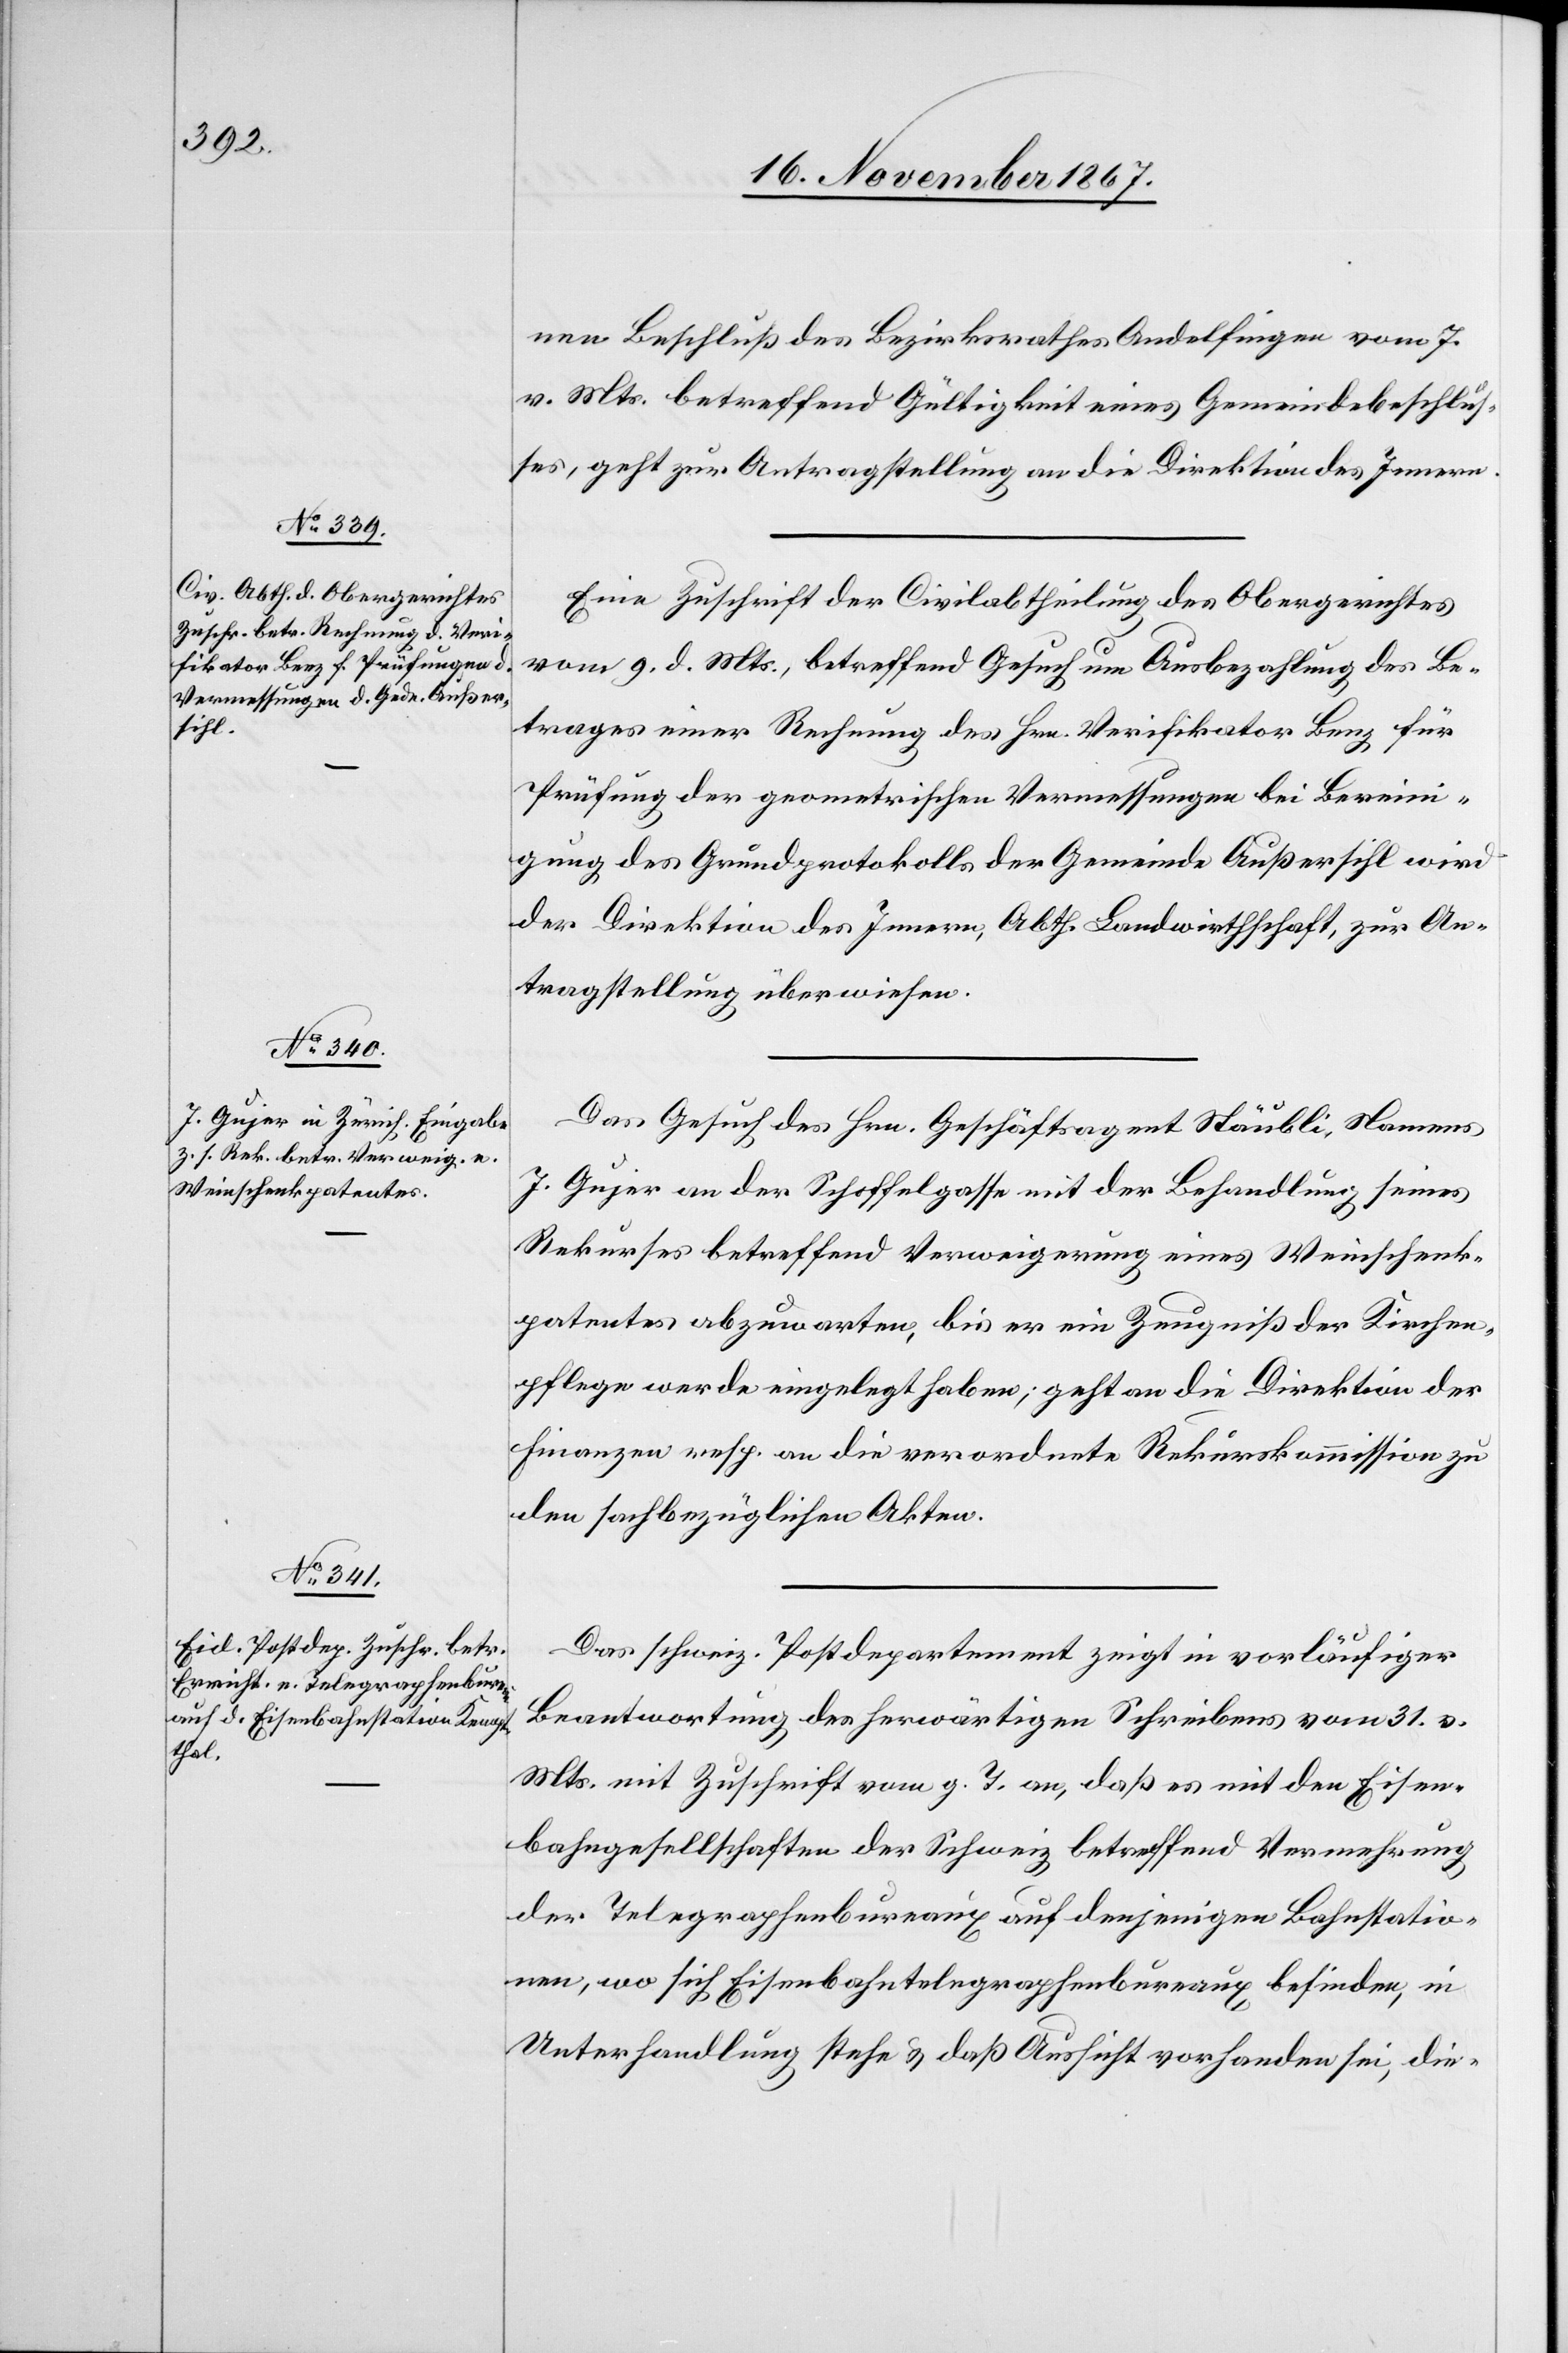
16. November 1867.]
nen Beschluß des Bezirksrathes Andelfingen vom 7.
v. Mts. betreffend Gültigkeit eines Gemeindebeschlus¬
ses, geht zur Antragstellung an die Direktion des Innern.
Eine Zuschrift der Civilabtheilung des Obergerichtes
vom 9. d. Mts., betreffend Gesuch um Ausbezahlung des Be¬
trages einer Rechnung des Hrn. Verifikator Benz für
Prüfung der geometrischen Vermessungen bei Berein¬
igung des Grundprotokolls der Gemeinde Außersihl wird
der Direktion des Innern, Abth. Landwirthschaft, zur An¬
tragstellung überwiesen.
Das Gesuch des Hrn. Geschäftsagent Stäubli, Namens
J. Gujer an der Schoffelgasse mit der Behandlung seines
Rekurses betreffend Verweigerung eines Weinschenk¬
patentes abzuwarten, bis er ein Zeugniß der Kirchen¬
pflege werde eingelegt haben; geht an die Direktion der
Finanzen resp. an die verordnete Rekurskommission zu
den sachbezüglichen Akten.
Das schweiz. Postdepartement zeigt in vorläufiger
Beantwortung des herwärtigen Schreibens vom 31. v.
Mts. mit Zuschrift vom g. T. an, daß es mit den Eisen¬
bahngesellschaften der Schweiz betreffend Vermehrung
der Telegraphenbureaux auf denjenigen Bahnstatio¬
nen, wo sich Eisenbahntelegraphenbureaux befinden, in
Unterhandlung stehe u. daß Aussicht vorhanden sei, die-